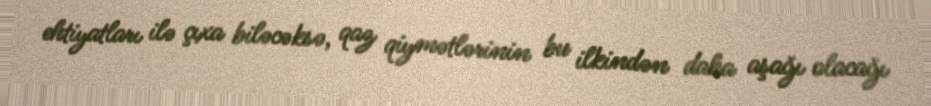
ehtiyatları ilə çıxa biləcəksə, qaz qiymətlərinin bu ilkindən daha aşağı olacağı